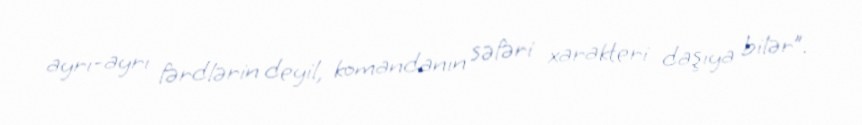
ayrı-ayrı fərdlərin deyil, komandanın səfəri xarakteri daşıya bilər”.